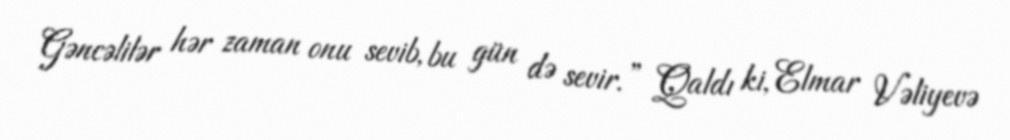
Gəncəlilər hər zaman onu sevib, bu gün də sevir.” Qaldı ki, Elmar Vəliyevə